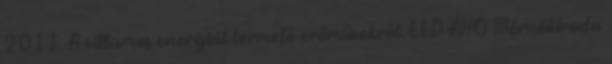
2011. A villamos energiát termelő erőművekről. EED ÁHO Mérnökiroda